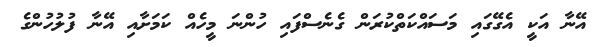
އޭނާ އަކީ އެގޭގައި މަސައްކަތްކުރަން ގެނެސްފައި ހުންނަ މީހެއް ކަމަށާއި އޭނާ ފުލުހުންގެ